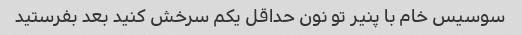
سوسیس خام با پنیر تو نون حداقل یکم سرخش کنید بعد بفرستید